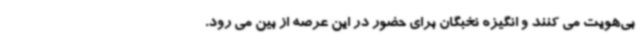
بی‌هویت می کنند و انگیزه نخبگان برای حضور در این عرصه از بین می رود.